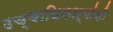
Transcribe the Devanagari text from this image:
उच्चाधिकाऱ्यांशी